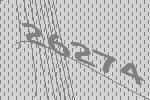
26274